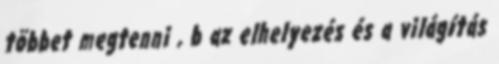
többet megtenni , b az elhelyezés és a világítás